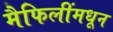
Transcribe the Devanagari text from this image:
मैफिलींमधून